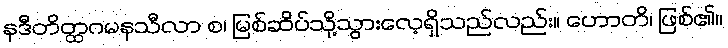
နဒီတိတ္ထဂမနသီလာ စ၊ မြစ်ဆိပ်သို့သွားလေ့ရှိသည်လည်း။ ဟောတိ၊ ဖြစ်၏။